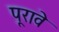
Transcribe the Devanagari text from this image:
पूरावे